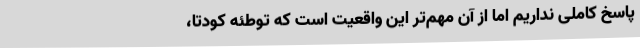
پاسخ کاملی نداریم اما از آن مهم‌تر این واقعیت است که توطئه کودتا،